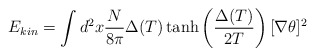
\begin{align*}E_{kin}= \int d^2 x\frac{N}{8 \pi} \Delta(T) \tanh\left(\frac{\Delta(T)}{2T}\right)[\nabla \theta]^2\end{align*}